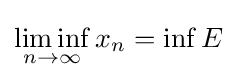
\liminf _{n\to \infty }x_{n}=\inf E